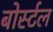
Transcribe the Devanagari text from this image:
बोर्स्टल